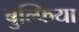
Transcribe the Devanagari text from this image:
बुल्फिया